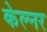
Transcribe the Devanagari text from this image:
केल्नर